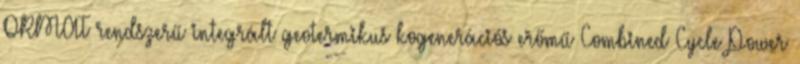
ORMAT rendszerű integrált geotermikus kogenerációs erőmű Combined Cycle Power